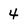
Character: 4